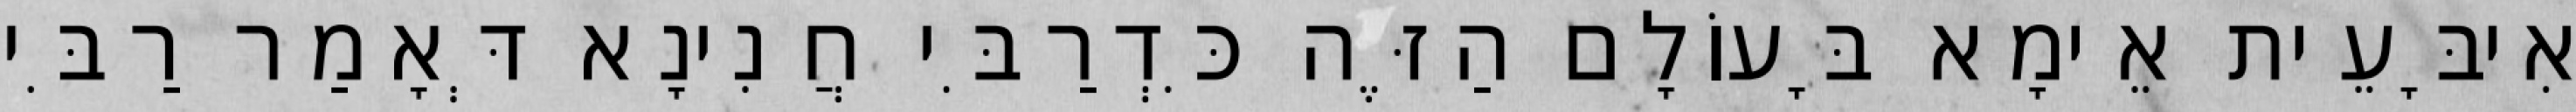
אִיבָּעֵית אֵימָא בָּעוֹלָם הַזֶּה כִּדְרַבִּי חֲנִינָא דְּאָמַר רַבִּי